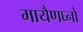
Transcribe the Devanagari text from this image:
मायैणघ्नो